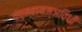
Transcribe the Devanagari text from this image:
पंचमहायज्ञविधी